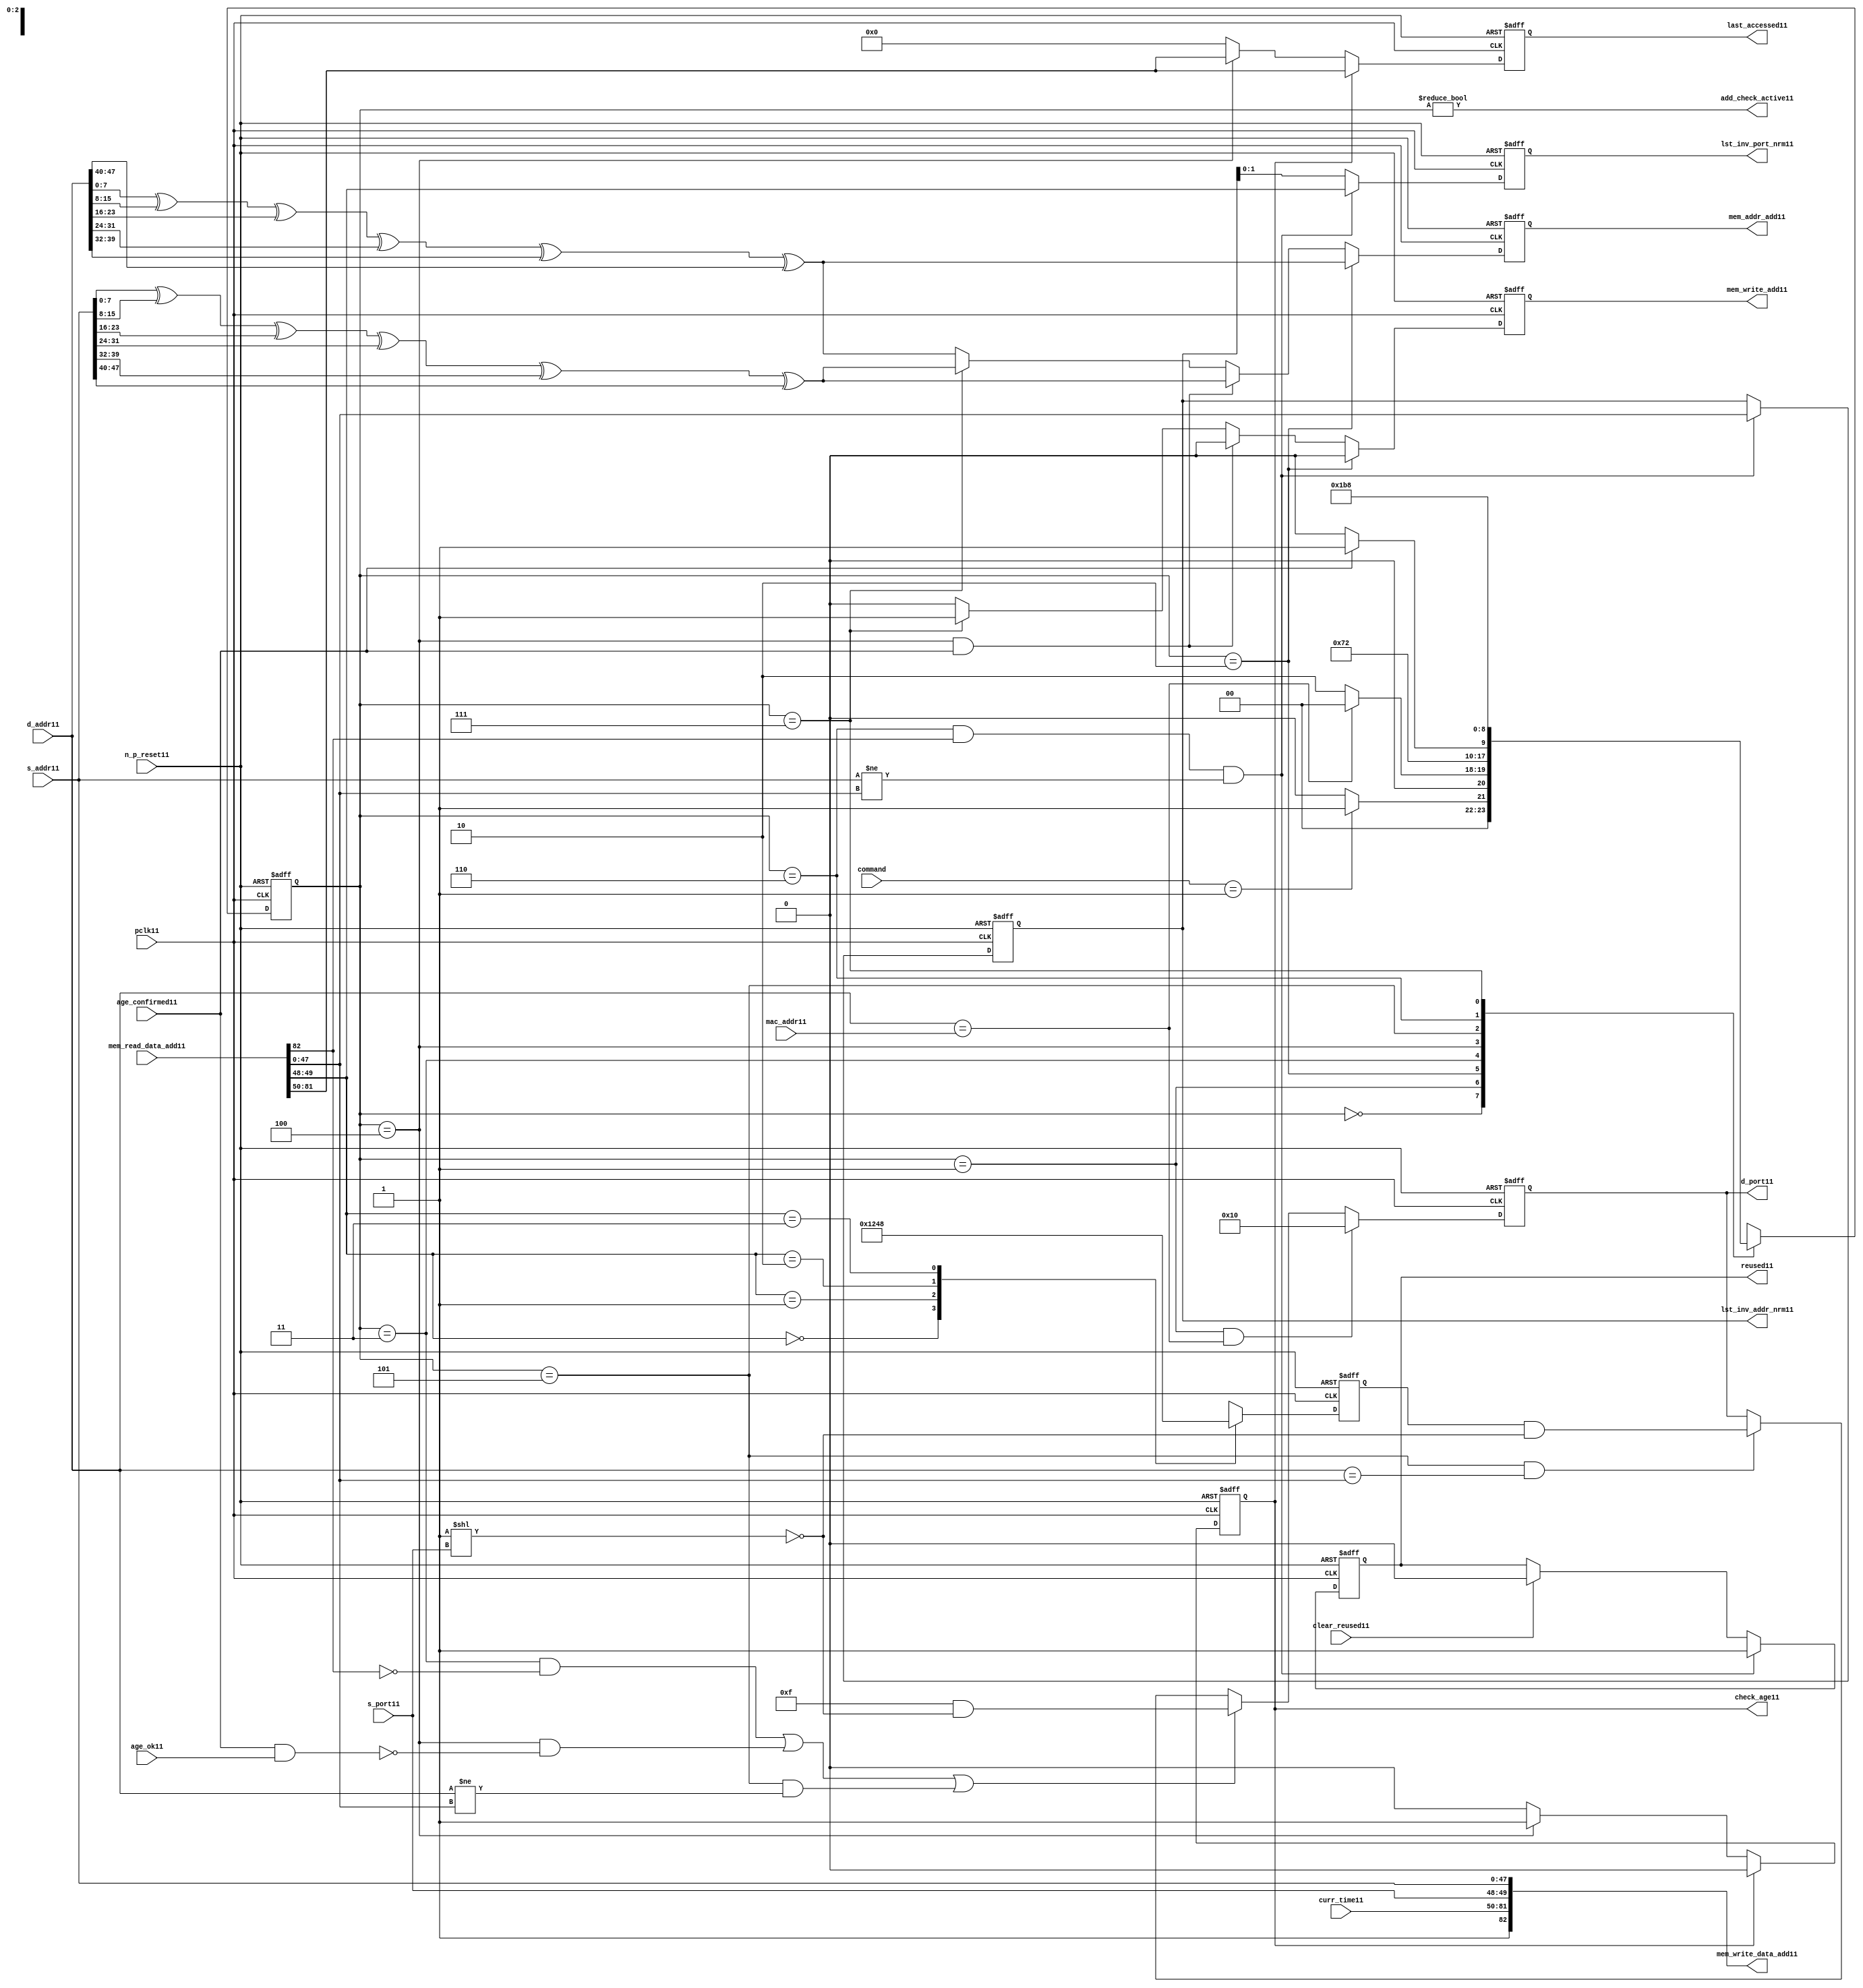
module alut_addr_checker11
(   
   // Inputs11
   pclk11,
   n_p_reset11,
   command,
   mac_addr11,
   d_addr11,
   s_addr11,
   s_port11,
   curr_time11,
   mem_read_data_add11,
   age_confirmed11,
   age_ok11,
   clear_reused11,

   //outputs11
   d_port11,
   add_check_active11,
   mem_addr_add11,
   mem_write_add11,
   mem_write_data_add11,
   lst_inv_addr_nrm11,
   lst_inv_port_nrm11,
   check_age11,
   last_accessed11,
   reused11
);



   input               pclk11;               // APB11 clock11                           
   input               n_p_reset11;          // Reset11                               
   input [1:0]         command;            // command bus                        
   input [47:0]        mac_addr11;           // address of the switch11              
   input [47:0]        d_addr11;             // address of frame11 to be checked11     
   input [47:0]        s_addr11;             // address of frame11 to be stored11      
   input [1:0]         s_port11;             // source11 port of current frame11       
   input [31:0]        curr_time11;          // current time,for storing11 in mem    
   input [82:0]        mem_read_data_add11;  // read data from mem                 
   input               age_confirmed11;      // valid flag11 from age11 checker        
   input               age_ok11;             // result from age11 checker 
   input               clear_reused11;       // read/clear flag11 for reused11 signal11           

   output [4:0]        d_port11;             // calculated11 destination11 port for tx11 
   output              add_check_active11;   // bit 0 of status register           
   output [7:0]        mem_addr_add11;       // hash11 address for R/W11 to memory     
   output              mem_write_add11;      // R/W11 flag11 (write = high11)            
   output [82:0]       mem_write_data_add11; // write data for memory             
   output [47:0]       lst_inv_addr_nrm11;   // last invalidated11 addr normal11 op    
   output [1:0]        lst_inv_port_nrm11;   // last invalidated11 port normal11 op    
   output              check_age11;          // request flag11 for age11 check
   output [31:0]       last_accessed11;      // time field sent11 for age11 check
   output              reused11;             // indicates11 ALUT11 location11 overwritten11

   reg   [2:0]         add_chk_state11;      // current address checker state
   reg   [2:0]         nxt_add_chk_state11;  // current address checker state
   reg   [4:0]         d_port11;             // calculated11 destination11 port for tx11 
   reg   [3:0]         port_mem11;           // bitwise11 conversion11 of 2bit port
   reg   [7:0]         mem_addr_add11;       // hash11 address for R/W11 to memory
   reg                 mem_write_add11;      // R/W11 flag11 (write = high11)            
   reg                 reused11;             // indicates11 ALUT11 location11 overwritten11
   reg   [47:0]        lst_inv_addr_nrm11;   // last invalidated11 addr normal11 op    
   reg   [1:0]         lst_inv_port_nrm11;   // last invalidated11 port normal11 op    
   reg                 check_age11;          // request flag11 for age11 checker
   reg   [31:0]        last_accessed11;      // time field sent11 for age11 check


   wire   [7:0]        s_addr_hash11;        // hash11 of address for storing11
   wire   [7:0]        d_addr_hash11;        // hash11 of address for checking
   wire   [82:0]       mem_write_data_add11; // write data for memory  
   wire                add_check_active11;   // bit 0 of status register           


// Parameters11 for Address Checking11 FSM11 states11
   parameter idle11           = 3'b000;
   parameter mac_addr_chk11   = 3'b001;
   parameter read_dest_add11  = 3'b010;
   parameter valid_chk11      = 3'b011;
   parameter age_chk11        = 3'b100;
   parameter addr_chk11       = 3'b101;
   parameter read_src_add11   = 3'b110;
   parameter write_src11      = 3'b111;


// -----------------------------------------------------------------------------
//   Hash11 conversion11 of source11 and destination11 addresses11
// -----------------------------------------------------------------------------
   assign s_addr_hash11 = s_addr11[7:0] ^ s_addr11[15:8] ^ s_addr11[23:16] ^
                        s_addr11[31:24] ^ s_addr11[39:32] ^ s_addr11[47:40];

   assign d_addr_hash11 = d_addr11[7:0] ^ d_addr11[15:8] ^ d_addr11[23:16] ^
                        d_addr11[31:24] ^ d_addr11[39:32] ^ d_addr11[47:40];



// -----------------------------------------------------------------------------
//   State11 Machine11 For11 handling11 the destination11 address checking process and
//   and storing11 of new source11 address and port values.
// -----------------------------------------------------------------------------
always @ (command or add_chk_state11 or age_confirmed11 or age_ok11)
   begin
      case (add_chk_state11)
      
      idle11:
         if (command == 2'b01)
            nxt_add_chk_state11 = mac_addr_chk11;
         else
            nxt_add_chk_state11 = idle11;

      mac_addr_chk11:   // check if destination11 address match MAC11 switch11 address
         if (d_addr11 == mac_addr11)
            nxt_add_chk_state11 = idle11;  // return dest11 port as 5'b1_0000
         else
            nxt_add_chk_state11 = read_dest_add11;

      read_dest_add11:       // read data from memory using hash11 of destination11 address
            nxt_add_chk_state11 = valid_chk11;

      valid_chk11:      // check if read data had11 valid bit set
         nxt_add_chk_state11 = age_chk11;

      age_chk11:        // request age11 checker to check if still in date11
         if (age_confirmed11)
            nxt_add_chk_state11 = addr_chk11;
         else
            nxt_add_chk_state11 = age_chk11; 

      addr_chk11:       // perform11 compare between dest11 and read addresses11
            nxt_add_chk_state11 = read_src_add11; // return read port from ALUT11 mem

      read_src_add11:   // read from memory location11 about11 to be overwritten11
            nxt_add_chk_state11 = write_src11; 

      write_src11:      // write new source11 data (addr and port) to memory
            nxt_add_chk_state11 = idle11; 

      default:
            nxt_add_chk_state11 = idle11;
      endcase
   end


// destination11 check FSM11 current state
always @ (posedge pclk11 or negedge n_p_reset11)
   begin
   if (~n_p_reset11)
      add_chk_state11 <= idle11;
   else
      add_chk_state11 <= nxt_add_chk_state11;
   end



// -----------------------------------------------------------------------------
//   Generate11 returned value of port for sending11 new frame11 to
// -----------------------------------------------------------------------------
always @ (posedge pclk11 or negedge n_p_reset11)
   begin
   if (~n_p_reset11)
      d_port11 <= 5'b0_1111;
   else if ((add_chk_state11 == mac_addr_chk11) & (d_addr11 == mac_addr11))
      d_port11 <= 5'b1_0000;
   else if (((add_chk_state11 == valid_chk11) & ~mem_read_data_add11[82]) |
            ((add_chk_state11 == age_chk11) & ~(age_confirmed11 & age_ok11)) |
            ((add_chk_state11 == addr_chk11) & (d_addr11 != mem_read_data_add11[47:0])))
      d_port11 <= 5'b0_1111 & ~( 1 << s_port11 );
   else if ((add_chk_state11 == addr_chk11) & (d_addr11 == mem_read_data_add11[47:0]))
      d_port11 <= {1'b0, port_mem11} & ~( 1 << s_port11 );
   else
      d_port11 <= d_port11;
   end


// -----------------------------------------------------------------------------
//   convert read port source11 value from 2bits to bitwise11 4 bits
// -----------------------------------------------------------------------------
always @ (posedge pclk11 or negedge n_p_reset11)
   begin
   if (~n_p_reset11)
      port_mem11 <= 4'b1111;
   else begin
      case (mem_read_data_add11[49:48])
         2'b00: port_mem11 <= 4'b0001;
         2'b01: port_mem11 <= 4'b0010;
         2'b10: port_mem11 <= 4'b0100;
         2'b11: port_mem11 <= 4'b1000;
      endcase
   end
   end
   


// -----------------------------------------------------------------------------
//   Set active bit of status, decoded11 off11 add_chk_state11
// -----------------------------------------------------------------------------
assign add_check_active11 = (add_chk_state11 != 3'b000);


// -----------------------------------------------------------------------------
//   Generate11 memory addressing11 signals11.
//   The check address command will be taken11 as the indication11 from SW11 that the 
//   source11 fields (address and port) can be written11 to memory. 
// -----------------------------------------------------------------------------
always @ (posedge pclk11 or negedge n_p_reset11)
   begin
   if (~n_p_reset11) 
   begin
       mem_write_add11 <= 1'b0;
       mem_addr_add11  <= 8'd0;
   end
   else if (add_chk_state11 == read_dest_add11)
   begin
       mem_write_add11 <= 1'b0;
       mem_addr_add11  <= d_addr_hash11;
   end
// Need11 to set address two11 cycles11 before check
   else if ( (add_chk_state11 == age_chk11) && age_confirmed11 )
   begin
       mem_write_add11 <= 1'b0;
       mem_addr_add11  <= s_addr_hash11;
   end
   else if (add_chk_state11 == write_src11)
   begin
       mem_write_add11 <= 1'b1;
       mem_addr_add11  <= s_addr_hash11;
   end
   else
   begin
       mem_write_add11 <= 1'b0;
       mem_addr_add11  <= d_addr_hash11;
   end
   end


// -----------------------------------------------------------------------------
//   Generate11 databus11 for writing to memory
//   Data written11 to memory from address checker will always be valid
// -----------------------------------------------------------------------------
assign mem_write_data_add11 = {1'b1, curr_time11, s_port11, s_addr11};



// -----------------------------------------------------------------------------
//   Evaluate11 read back data that is about11 to be overwritten11 with new source11 
//   address and port values. Decide11 whether11 the reused11 flag11 must be set and
//   last_inval11 address and port values updated.
//   reused11 needs11 to be implemented as read and clear
// -----------------------------------------------------------------------------
always @ (posedge pclk11 or negedge n_p_reset11)
   begin
   if (~n_p_reset11) 
   begin
      reused11 <= 1'b0;
      lst_inv_addr_nrm11 <= 48'd0;
      lst_inv_port_nrm11 <= 2'd0;
   end
   else if ((add_chk_state11 == read_src_add11) & mem_read_data_add11[82] &
            (s_addr11 != mem_read_data_add11[47:0]))
   begin
      reused11 <= 1'b1;
      lst_inv_addr_nrm11 <= mem_read_data_add11[47:0];
      lst_inv_port_nrm11 <= mem_read_data_add11[49:48];
   end
   else if (clear_reused11)
   begin
      reused11 <= 1'b0;
      lst_inv_addr_nrm11 <= lst_inv_addr_nrm11;
      lst_inv_port_nrm11 <= lst_inv_addr_nrm11;
   end
   else 
   begin
      reused11 <= reused11;
      lst_inv_addr_nrm11 <= lst_inv_addr_nrm11;
      lst_inv_port_nrm11 <= lst_inv_addr_nrm11;
   end
   end


// -----------------------------------------------------------------------------
//   Generate11 signals11 for age11 checker to perform11 in-date11 check
// -----------------------------------------------------------------------------
always @ (posedge pclk11 or negedge n_p_reset11)
   begin
   if (~n_p_reset11) 
   begin
      check_age11 <= 1'b0;  
      last_accessed11 <= 32'd0;
   end
   else if (check_age11)
   begin
      check_age11 <= 1'b0;  
      last_accessed11 <= mem_read_data_add11[81:50];
   end
   else if (add_chk_state11 == age_chk11)
   begin
      check_age11 <= 1'b1;  
      last_accessed11 <= mem_read_data_add11[81:50];
   end
   else 
   begin
      check_age11 <= 1'b0;  
      last_accessed11 <= 32'd0;
   end
   end


`ifdef ABV_ON11

// psl11 default clock11 = (posedge pclk11);

// ASSERTION11 CHECKS11
/* Commented11 out as also checking in toplevel11
// it should never be possible11 for the destination11 port to indicate11 the MAC11
// switch11 address and one of the other 4 Ethernets11
// psl11 assert_valid_dest_port11 : assert never (d_port11[4] & |{d_port11[3:0]});


// COVER11 SANITY11 CHECKS11
// check all values of destination11 port can be returned.
// psl11 cover_d_port_011 : cover { d_port11 == 5'b0_0001 };
// psl11 cover_d_port_111 : cover { d_port11 == 5'b0_0010 };
// psl11 cover_d_port_211 : cover { d_port11 == 5'b0_0100 };
// psl11 cover_d_port_311 : cover { d_port11 == 5'b0_1000 };
// psl11 cover_d_port_411 : cover { d_port11 == 5'b1_0000 };
// psl11 cover_d_port_all11 : cover { d_port11 == 5'b0_1111 };
*/
`endif


endmodule